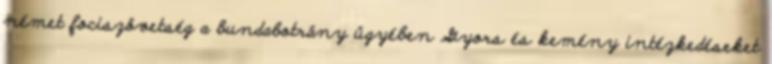
német fociszövetség a bundabotrány ügyében Gyors és kemény intézkedéseket